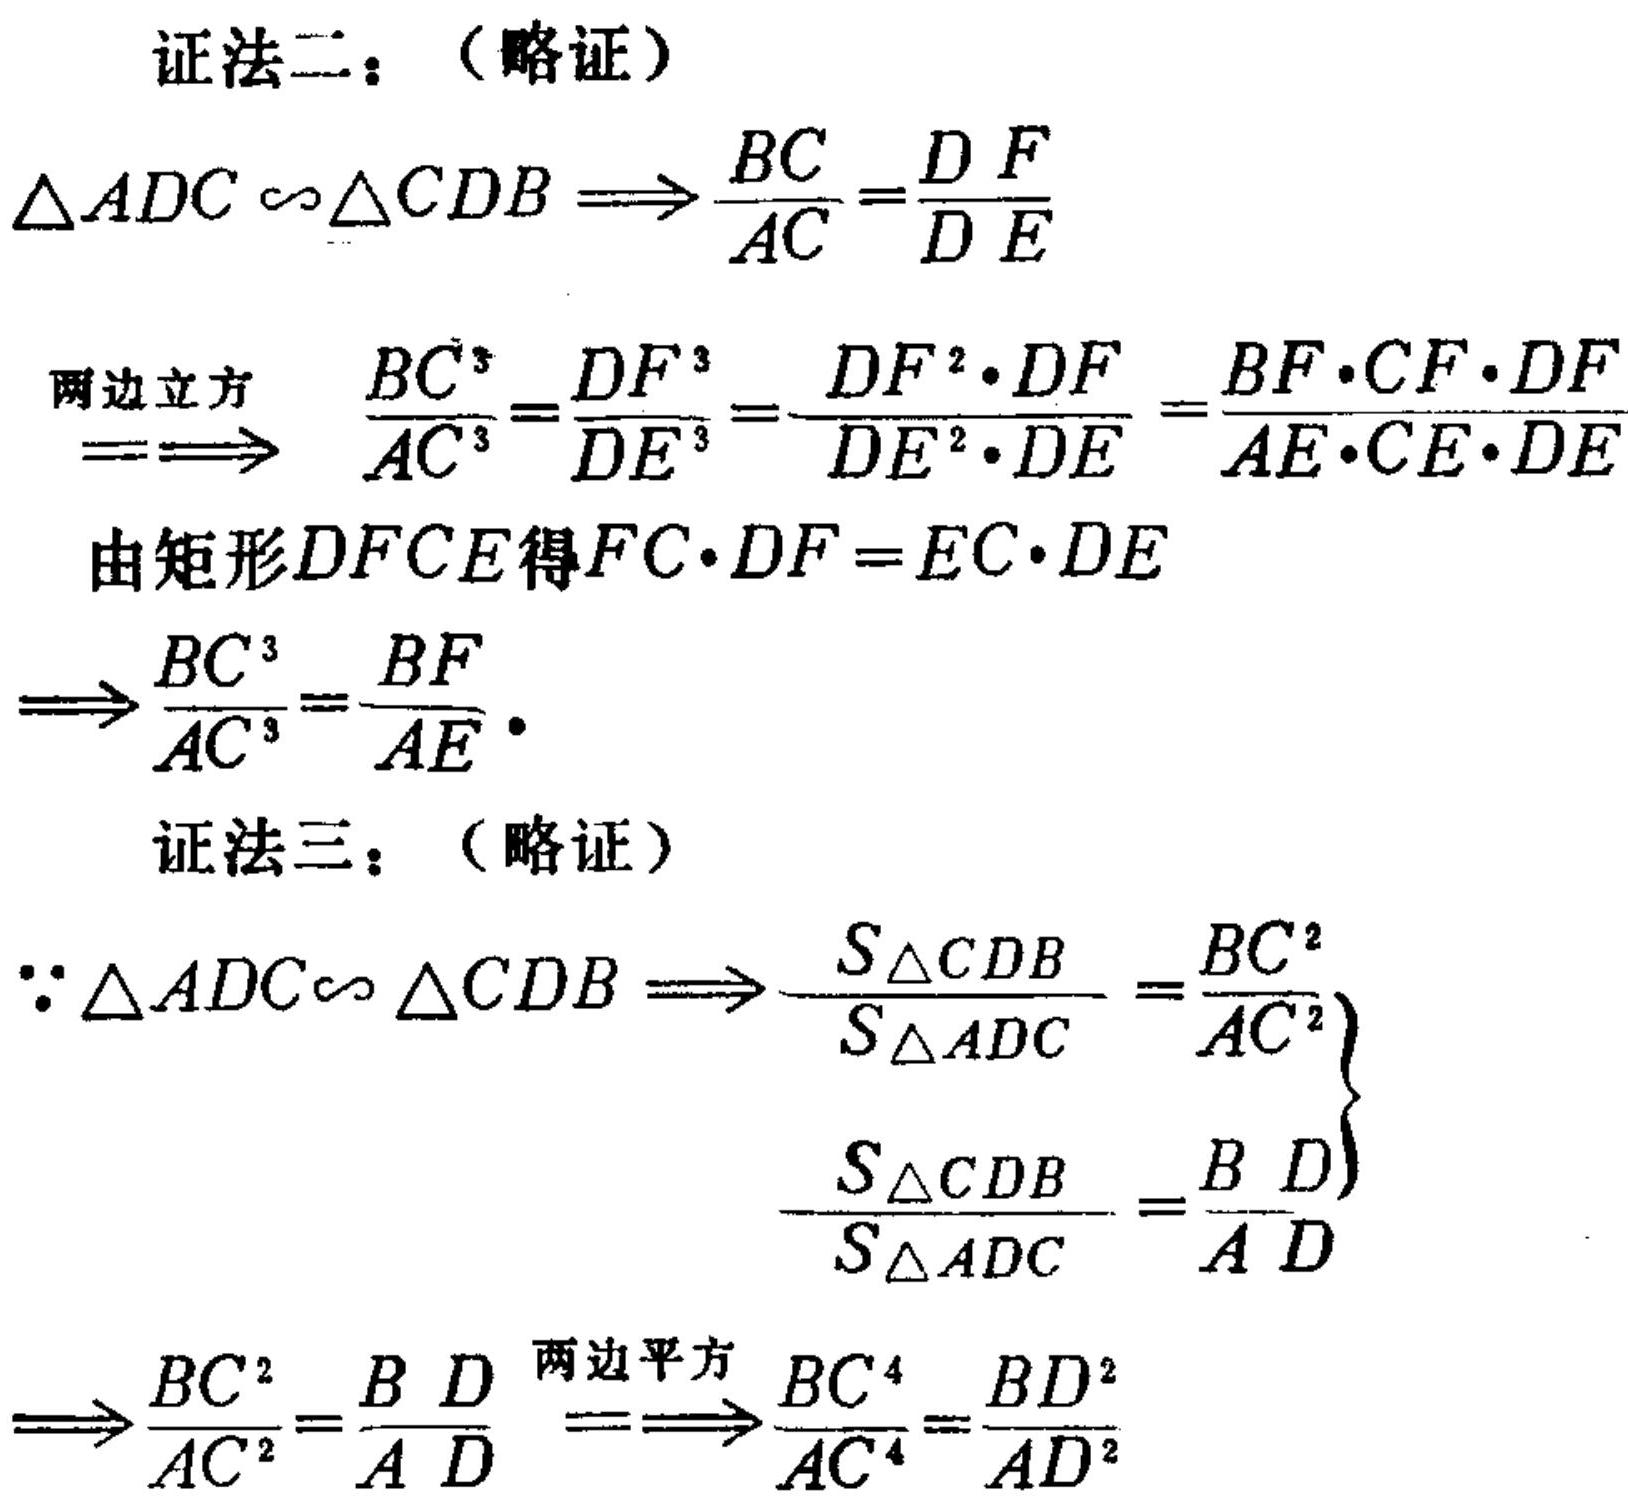
证法二：（略证）
\(\triangle ADC\sim\triangle CDB\Longrightarrow\frac{BC}{AC}=\frac{DF}{DE}\)
两边立方\(\Longrightarrow\frac{BC^{3}}{AC^{3}}=\frac{DF^{3}}{DE^{3}}=\frac{DF^{2}\cdot DF}{DE^{2}\cdot DE}=\frac{BF\cdot CF\cdot DF}{AE\cdot CE\cdot DE}\)
由矩形\(DFCE\)得\(FC\cdot DF = EC\cdot DE\)
\(\Longrightarrow\frac{BC^{3}}{AC^{3}}=\frac{BF}{AE}\).
证法三：（略证）
\(\because\triangle ADC\sim\triangle CDB\Longrightarrow\left.\begin{array}{l}
\frac{S_{\triangle CDB}}{S_{\triangle ADC}}=\frac{BC^{2}}{AC^{2}}\\
\frac{S_{\triangle CDB}}{S_{\triangle ADC}}=\frac{BD}{AD}
\end{array}\right\}\)
\(\Longrightarrow\frac{BC^{2}}{AC^{2}}=\frac{BD}{AD}\) 两边平方\(\Longrightarrow\frac{BC^{4}}{AC^{4}}=\frac{BD^{2}}{AD^{2}}\)